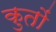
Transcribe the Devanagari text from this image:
कुतों